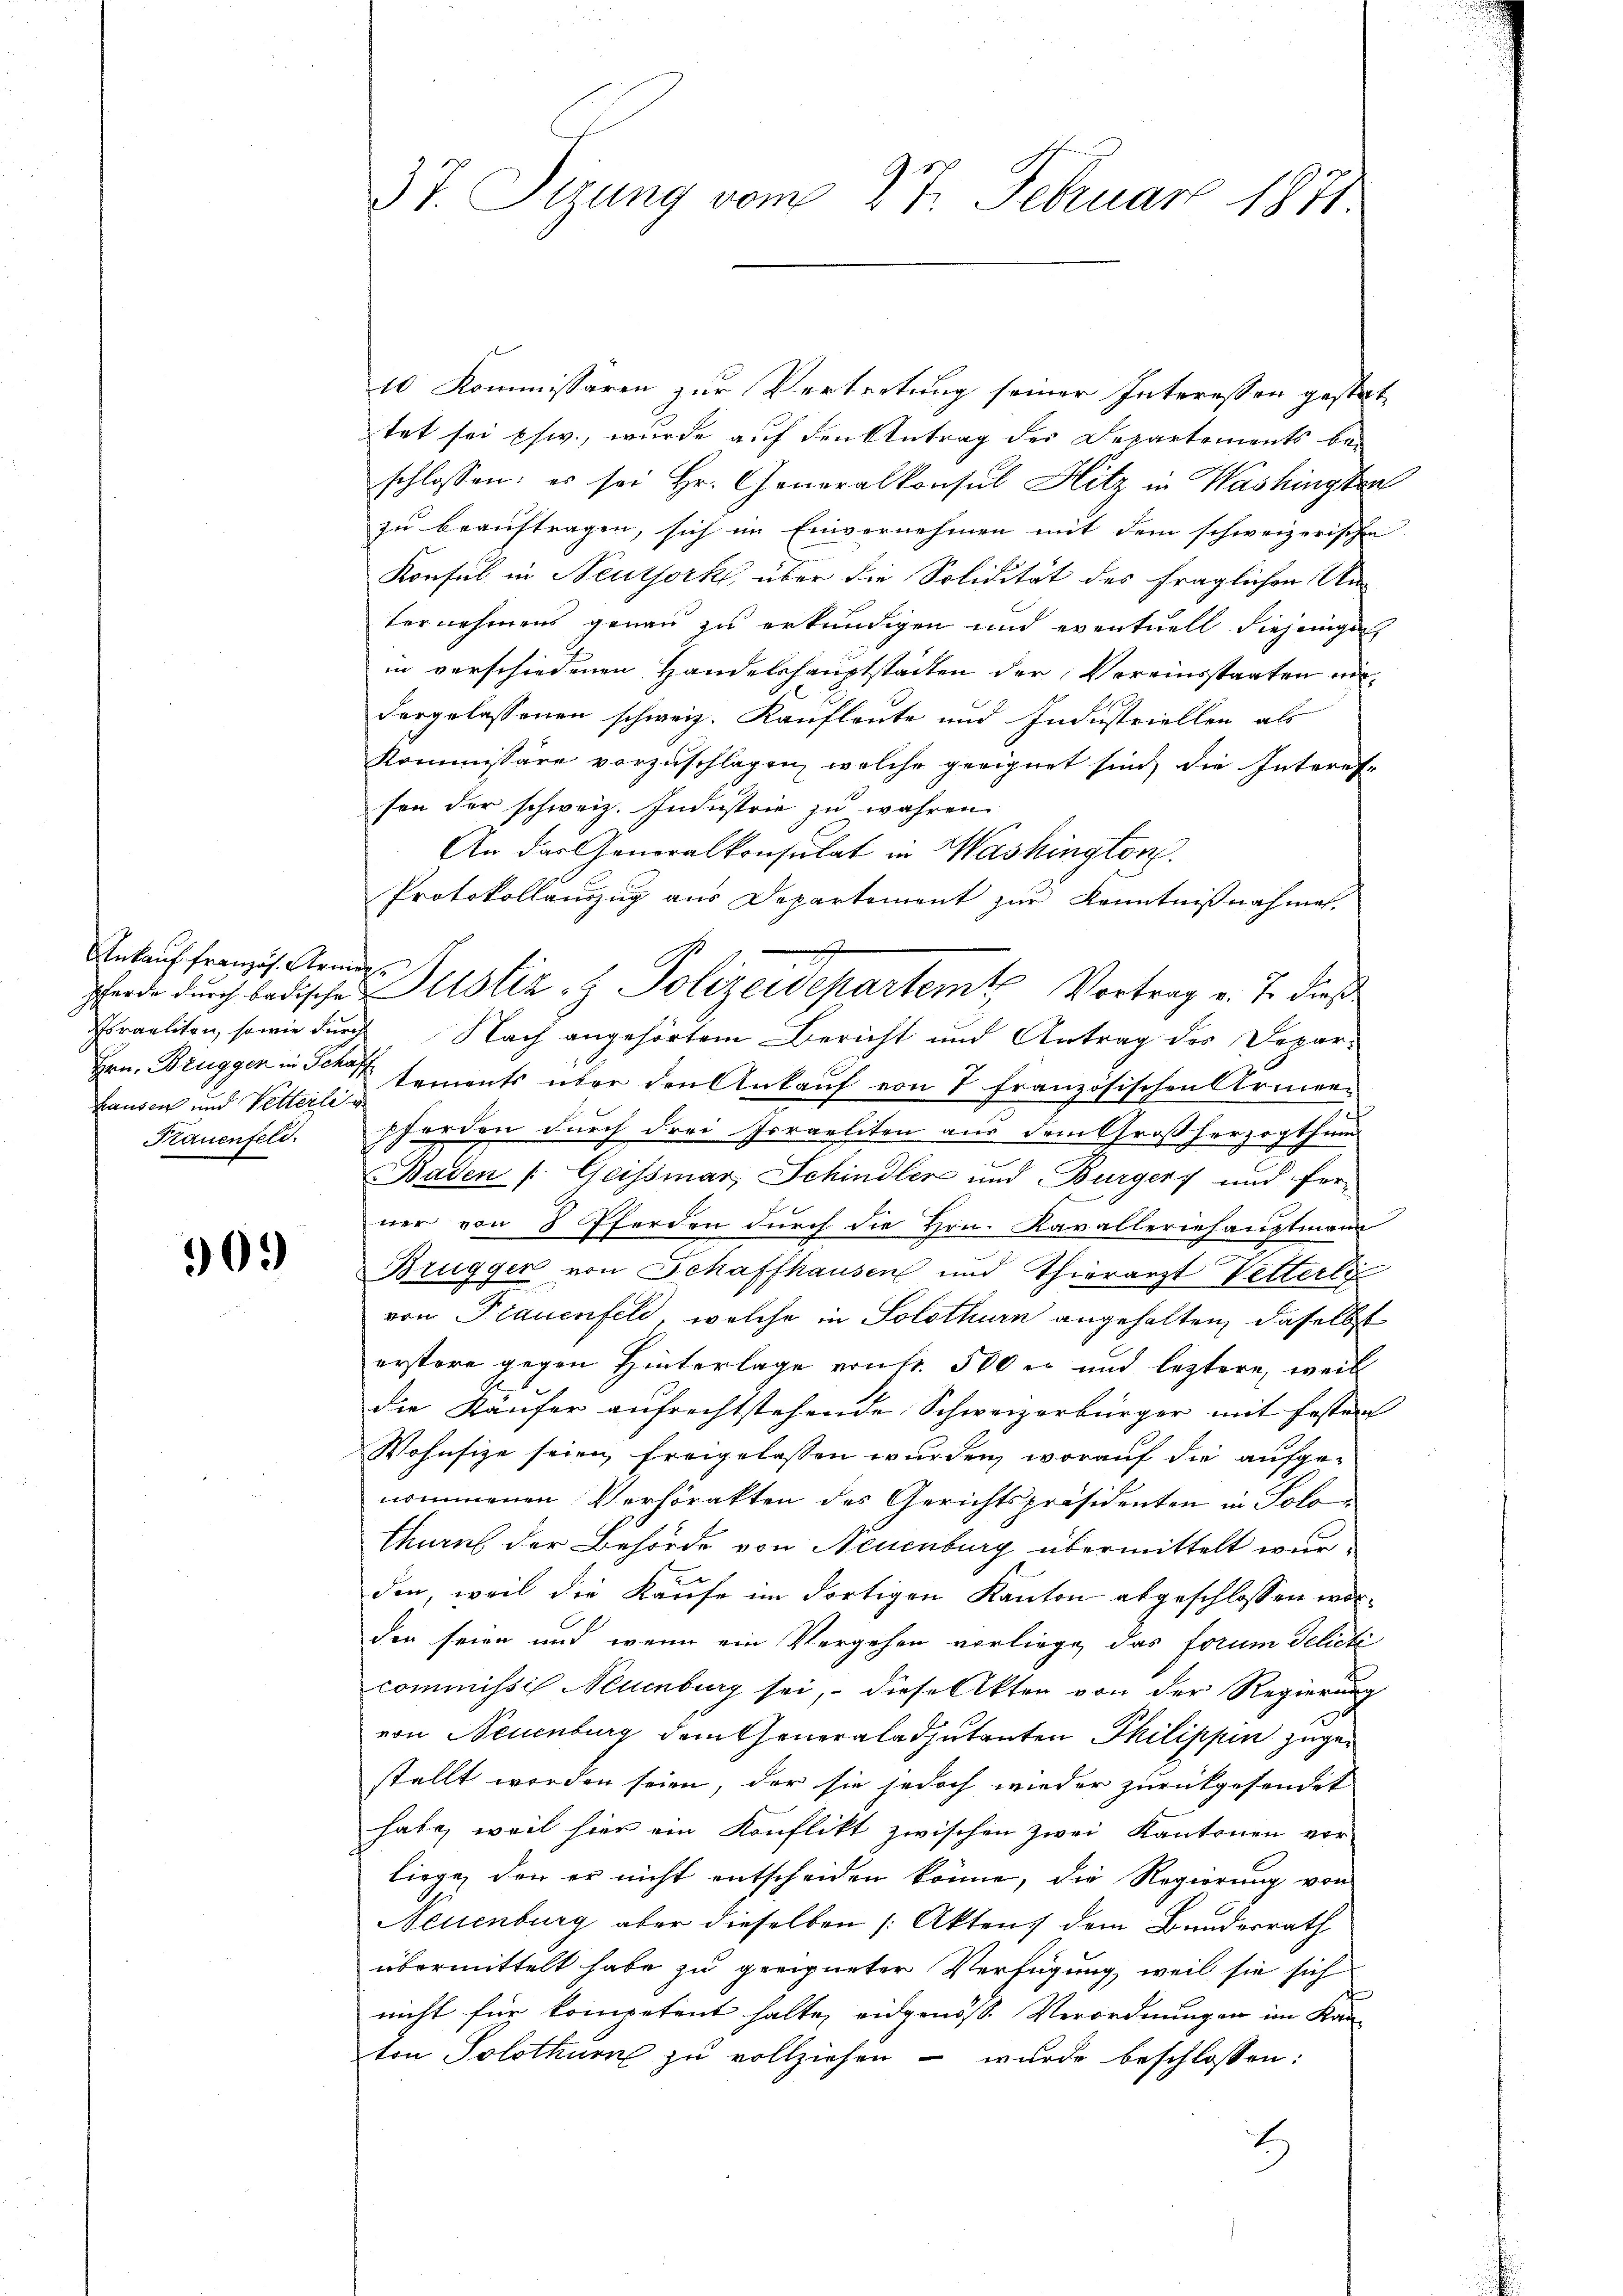
Ankauf französ. Armen
Lausen und Vetterli g
Frauenfeld.

909

37. Sizung vom 27. Februar 1871.

10 Kommissären zur Vertretung seiner Interessen gestat
tet sei pfw., wurde auf den Antrag der Departements beschlossen: es sei Hr. Generalkonsul Hitz in Washington
zu beauftragen, sich im Einvernehmen mit dem schweizerischen
Konsul in Neutjork, über die Solidität des fraglichen Unternehmens genau zu erkundigen und eventuell diejenige
in verschiedenen Handelshauptstadten der Vereinsstaaten eidergelassenen schweiz. Kaufleute und Industriellen als
Kommissäre vorzuschlagen, welche geeignet sind, die Interes-
son der schweiz. Industrie zu wahren.
An der Generalkonsulat in Washington
Protokollauszug aus Departement zur Kenntnißnahme.
Israeliten, sowie durch Nach angehörtem Bericht und Antrag des Depar¬
Hrn. Bruggen in dersements über den Ankauf von 7 französischen Armenpferden durch drei soraeliten aus dem Großherzogthum
Baden Geissmar, Schindler und Bürger) und fer-
ner von 8 Pferden durch die Hrn. Kavalleriehauptmann
Brügger von Schaffhausen und Thierarzt Vetterli
von Plauenfeld, welche in Solothurn angehalten, daselbst
erstere gegen Hinterlage von fr. 500 n und leztere, weil
die Käufer aufrechtstehende Schweizerbürger mit festen
Wohnsize seien, freigelassen wurden, worauf die aufge-
nommenen Verhörakten des Gerichtspräsidenten in Polo¬
Chaus der Behörde von Neuenburg übermittelt wurden, weil die Kaufe im dortigen Kanton abgeschlossen worder seien und wenn ein Vergehen vorliege, das forum delicti
commissis Neuenburg sei, diese Akten von der Regierung
von Neuenburg damseneraladjutanten Philippen zugestellt worden seien, der sie jedoch wieder zurückgesendet
habe, weil hier ein Konflikt zwischen Zwei Kantonen vor-
liege, den er nicht entscheiden könne, die Regierung von
Neuenburg aber dieselben /: Aktens dem Bundesrath
übermittelt habe zu geeigneter Verfügung, weil sie sich
nicht für kompetent halte, eidgenöss. Verordnungen im Kanten Solothur zu vollziehen – wurde beschlossen:
)

2
pferde durch badischen Pulstiz- & Polizeidepartemt Vortrag v. J. dieß